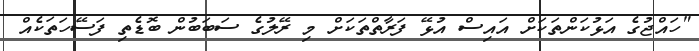
"ހައްޖުގެ އަޅުކަންތަކަށް އައިސް އުޅޭ ފަރާތްތަކަށް މި ރޭލުގެ ސަބަބުން ބޮޑެތި ފަސޭހަތަކެއް